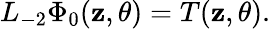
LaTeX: L_{-2}\Phi_{0}(\mathbf{z},\theta)=T(\mathbf{z},\theta).